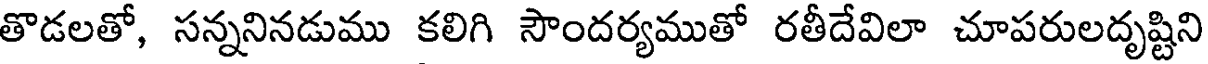
తొడలతో, సన్ననినడుము కలిగి సౌందర్యముతో రతీదేవిలా చూపరులదృష్టిని